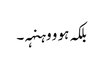
بلکہ ہو و وہنہہ۔